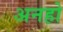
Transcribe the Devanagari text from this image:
अनहो